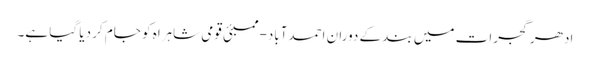
ادھر گجرات میں بند کے دوران احمدآباد-ممبئی قومی شاہراہ کو جام کر دیا گیا ہے۔